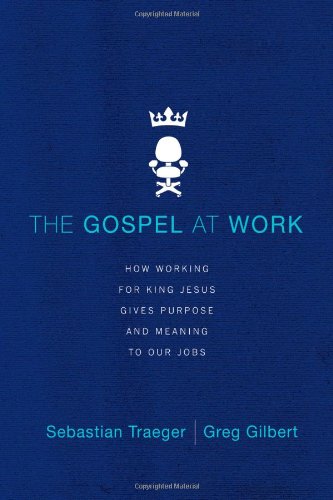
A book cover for The Gospel at Work: How Working for King Jesus Gives Purpose and Meaning to Our Jobs; Sebastian Traeger; Christian Books & Bibles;